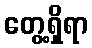
တွေ့ရှိရာ